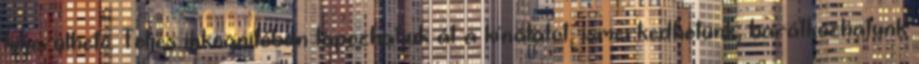
kikerülhető. Teljes inkognitóban lapozhatjuk át a kínálatot, ismerkedhetünk, barátkozhatunk